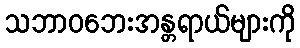
သဘာဝဘေးအန္တရာယ်များကို